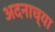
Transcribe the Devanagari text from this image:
अदनाच्या